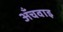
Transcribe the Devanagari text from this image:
अँचवाइ